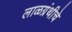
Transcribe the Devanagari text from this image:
लाळग्रंथीचे